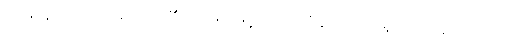
သမာနတာယ၊ တူသည်၏ အဖြစ်ဖြင့်။ ဝိဘာဝိနာ၊ ပညာရှိသည်။ ဉာတဗ္ဗာ၊